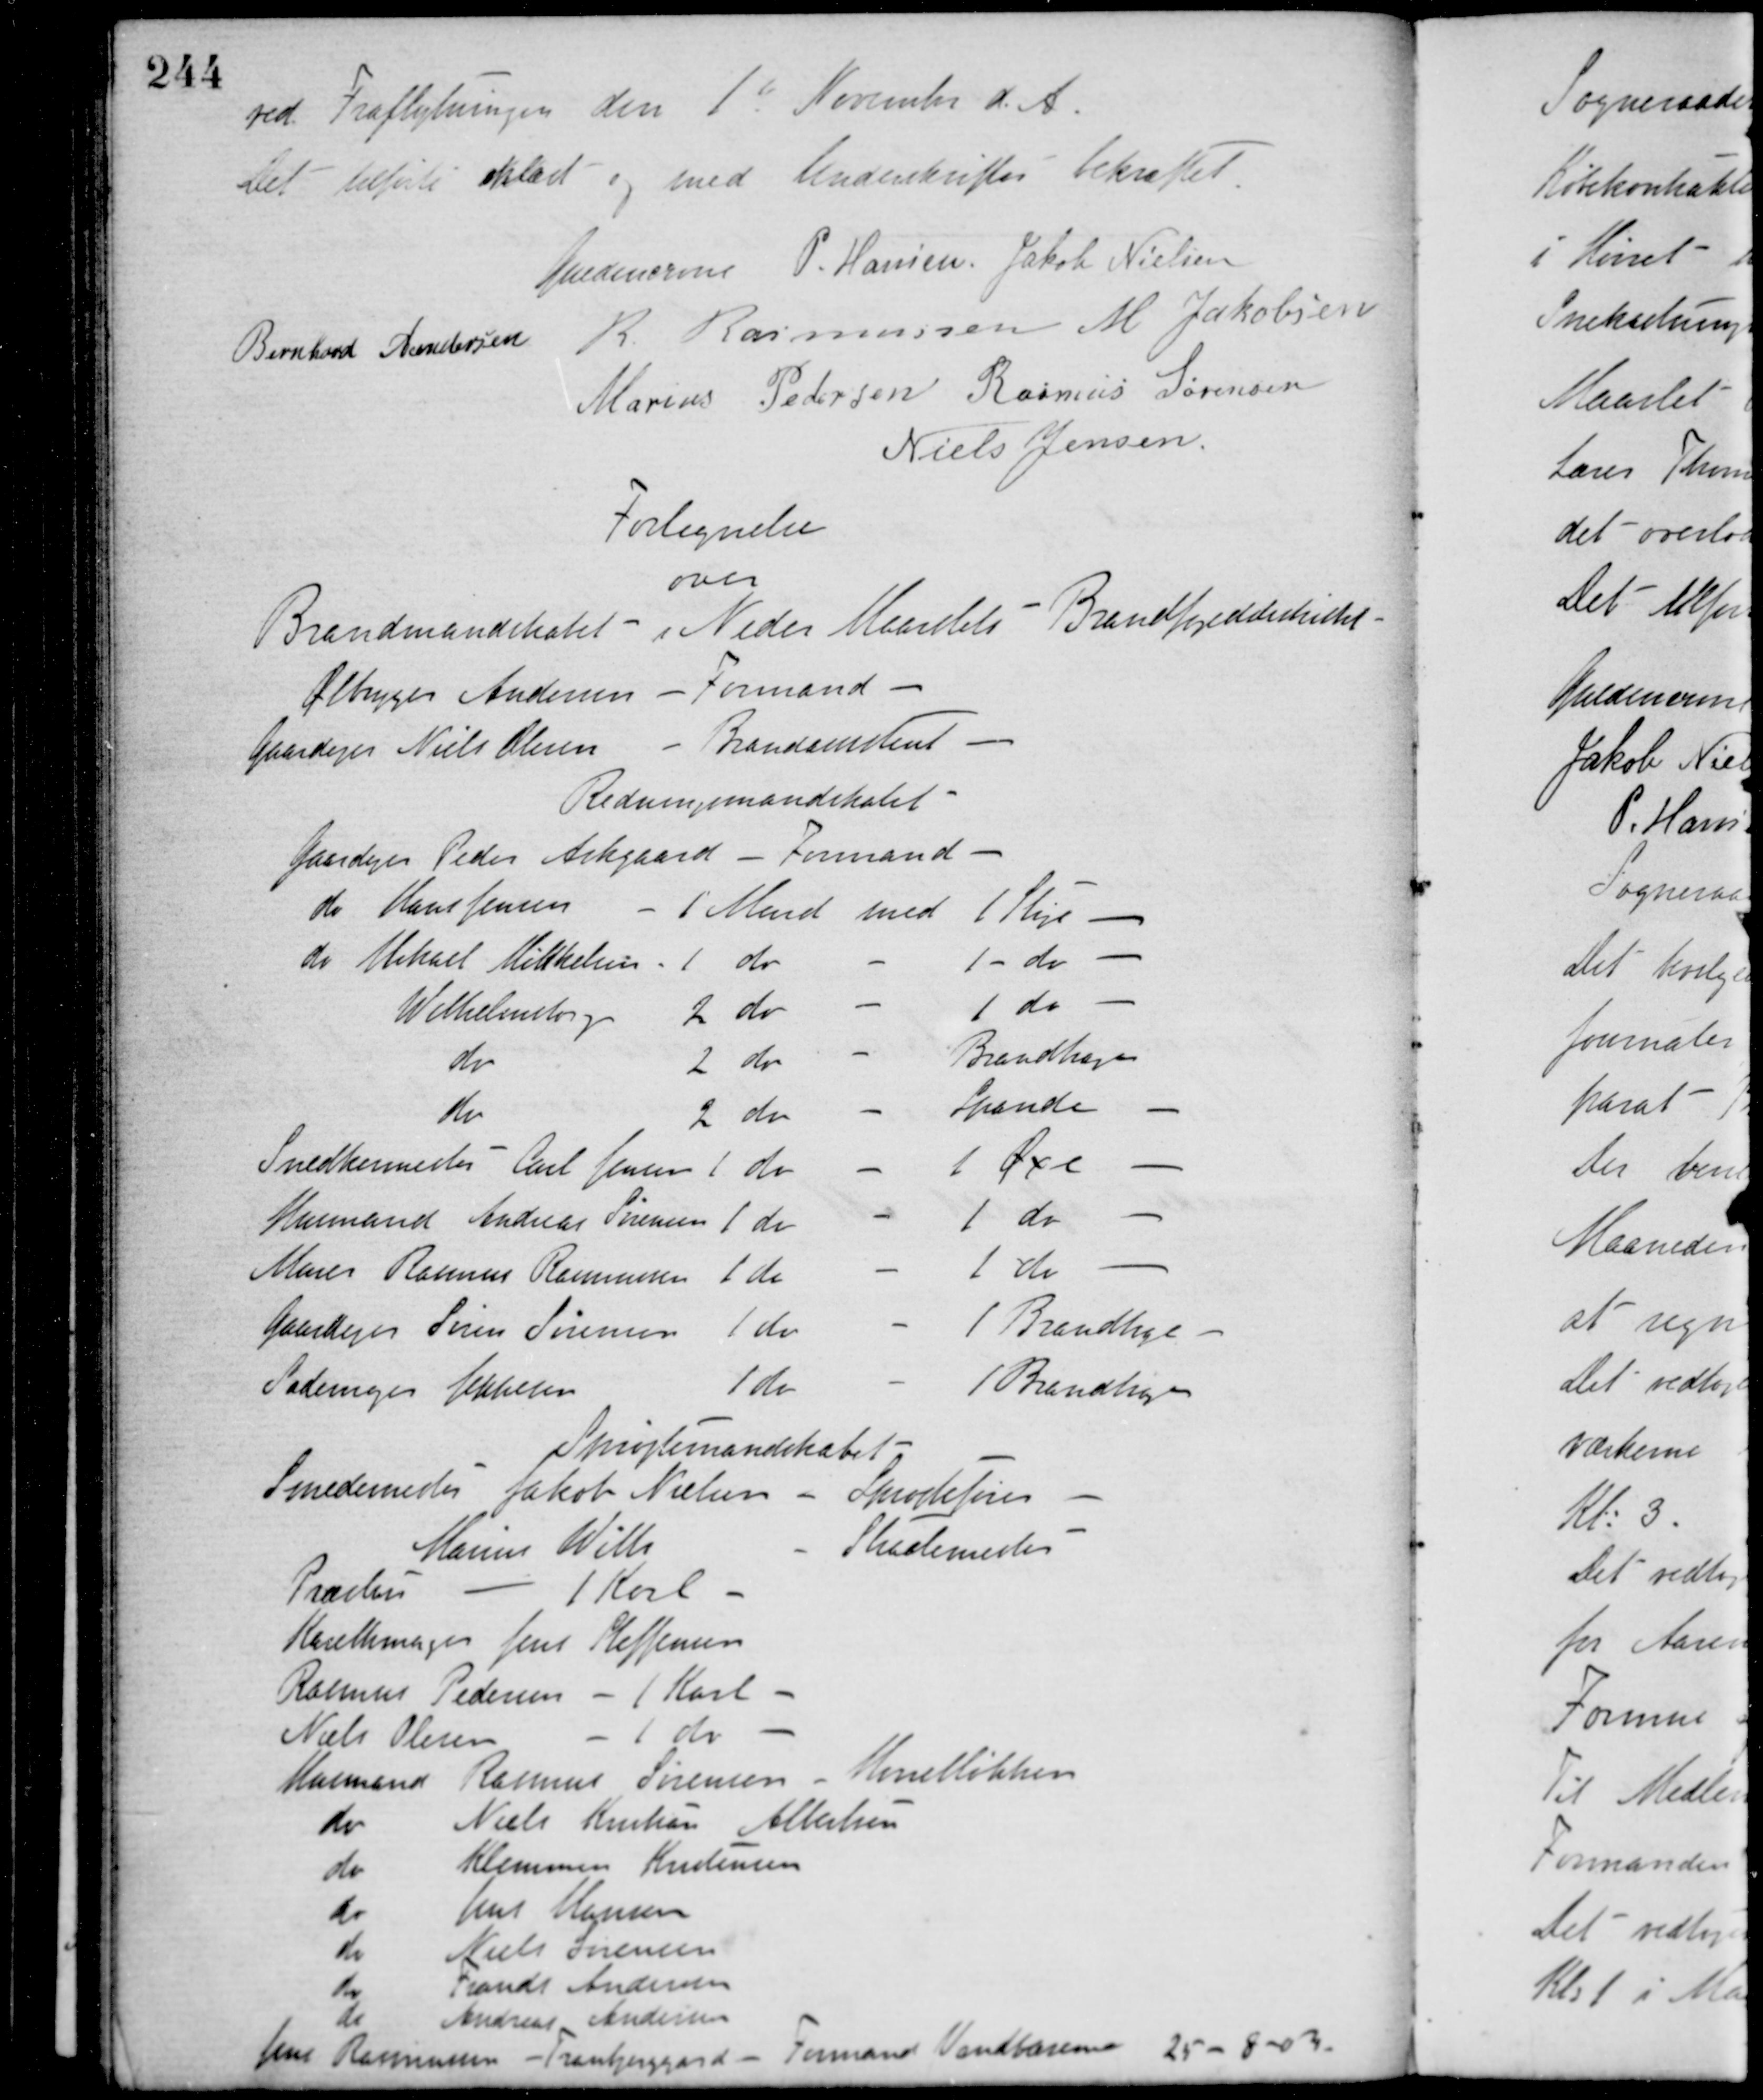
Transskription:
ved Fraflytningen den 1st November d. A.
Det tilførte oplæst og med Underskrifter bekræftet.
Guldencrone P. Hansen Jakob Nielsen
Bernhard Andersen R. Rasmussen M. Jakobsen
Marius Pedersen Rasmus Sørensen
Niels Jensen
Fortegnelse
over
Brandmandskabet - i Neder Maarslet Brandfogeddistrikt -
Ølbrygger Andersen - Formand -
Gaardejer Niels Olesen Brandassistent -
Redningsmandskabet -
Gaardejer Peder Askgaard - Formand -
do Hans Jensen 1 Mand med 1 Stige -
do Mikael Mikkelsen 1 do - 1 do -
Wilhelmsborgs 2 do - 1 do -
do 2 do - Brandhager
do 2 do - Spande -
Snedkermester Carl Jensen 1 do med 1 Øxe -
Husmand Andreas Sørensen 1 do - 1 do -
Murer Rasmus Rasmussen 1 do - 1 do -
Gaardejer Søren Sørensen 1 do - 1 Brandhage -
Sadelmager Mikkelsen 1 do - 1 Brandhage
Sprøjtemandskabet -
Smedemester Jakob Nielsen - Sprøjtefører -
Marius Wille - Skademester
Præsten - 1 Karl -
Karetmager Jens Steffensen
Rasmus Pedersen - 1 Karl -
Niels Olesen - 1 do
Husmand Rasmus Sørensen - Hørretløkken
do Niels Kristian Albertsen
do Klemmen Kristensen
do Jens Hansen
do Niels Sørensen
do Frands Andersen
do Andreas Andersen
Jens Rasmussen - Tranbjerggard - Formand Vandbærerne 25-8-03.